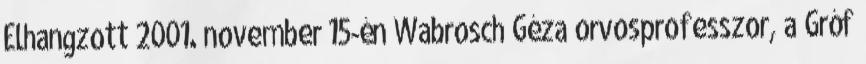
Elhangzott 2001. november 15-én Wabrosch Géza orvosprofesszor, a Gróf